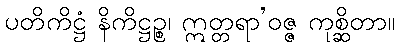
ပတိကိဋ္ဌံ နိကိဋ္ဌဉ္စ၊ ဣတ္တရာ’ဝဇ္ဇ ကုစ္ဆိတာ။